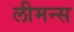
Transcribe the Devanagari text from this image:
लीमन्स